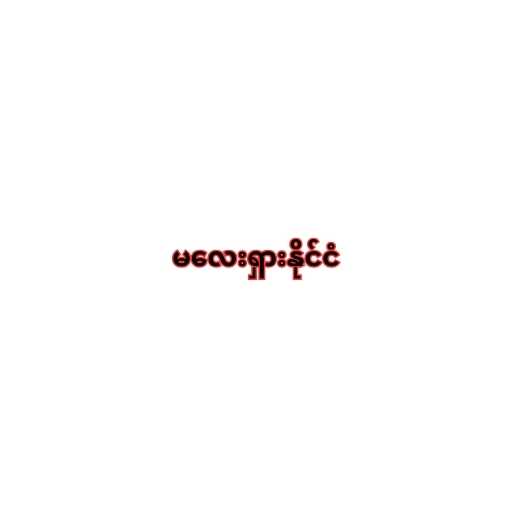
မလေးရှားနိုင်ငံ